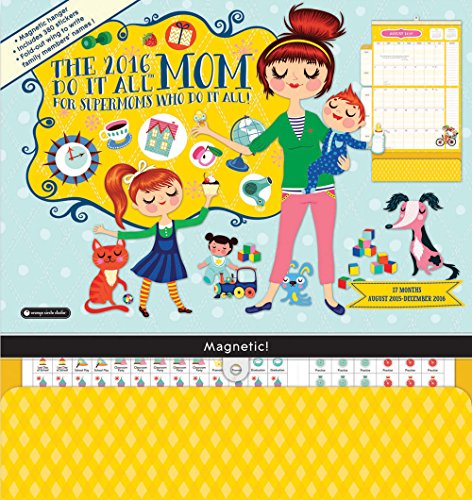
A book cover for Orange Circle Studio 17-Month 2016 Do It All Magnetic Wall Calendar, Mom's Do It All; Orange Circle Studios; Calendars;